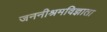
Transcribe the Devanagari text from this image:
जननीश्रमविज्ञाता